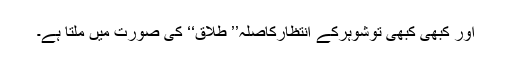
اور کبھی کبھی توشوہرکے انتظارکاصلہ’’ طلاق‘‘ کی صورت میں ملتا ہے۔